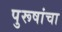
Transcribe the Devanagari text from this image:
पुरूषांचा